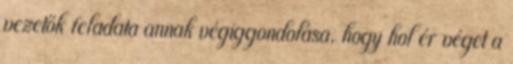
vezetők feladata annak végiggondolása, hogy hol ér véget a